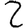
Digit: 2